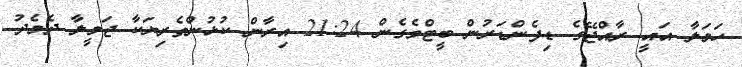
ހަމަލާ އައީ ރާއްޖޭގެ ޑިފެންޑަރުން ބީޓްވެގެން 21:24 އިރާން ކުޅުންތެރިޔަކާ ޖަމީލާ ދެމެދު